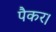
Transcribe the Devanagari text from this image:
पैकर।